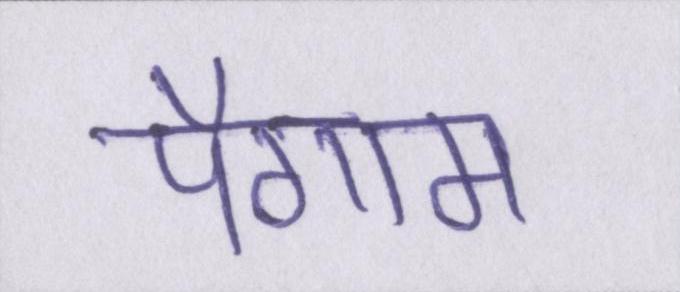
पैगाम